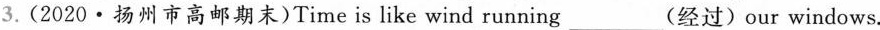
3. (2020·扬州市高邮期末)Time is like wind running___(经过) our windows.